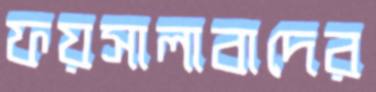
ফয়সালাবাদের